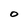
Character: O